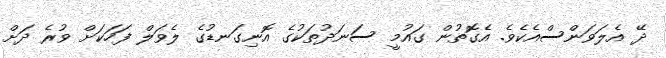
ދޭ އެލަވަންސްއެކެވެ. އެގޮތުން ގައުމީ ސަނަދުތަކުގެ އޮނިގަނޑުގެ ލެވަލް ފަހަކަށް ވުރެ ދަށް